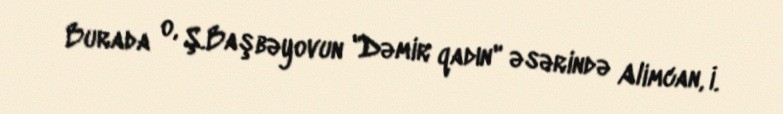
Burada o, Ş.Başbəyovun "Dəmir qadın" əsərində Alimcan, İ.